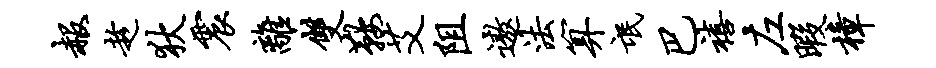
赧趁狄震离双鞍艾阻遨法算氓巴禧左暇樟